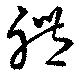
礼